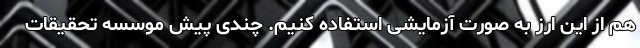
هم از این ارز به صورت آزمایشی استفاده کنیم. چندی پیش موسسه تحقیقات